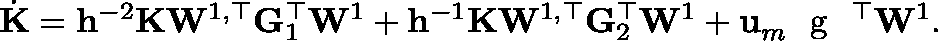
\begin{array} { r } { \dot { \mathbf { K } } = \mathbf { h } ^ { - 2 } \mathbf { K } \mathbf { W } ^ { 1 , \top } \mathbf { G } _ { 1 } ^ { \top } \mathbf { W } ^ { 1 } + \mathbf { h } ^ { - 1 } \mathbf { K } \mathbf { W } ^ { 1 , \top } \mathbf { G } _ { 2 } ^ { \top } \mathbf { W } ^ { 1 } + \mathbf { u } _ { m } ^ { } \textrm { \boldmath { g } } ^ { \top } \mathbf { W } ^ { 1 } . } \end{array}